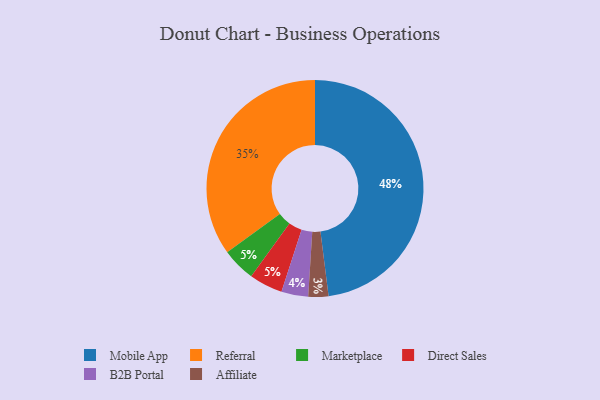
{"axis": {"x": "Category", "y": "Percentage"}, "legend": ["Affiliate", "B2B Portal", "Direct Sales", "Marketplace", "Mobile App", "Referral"], "data": [{"x": "B2B Portal", "y": 4, "type": "B2B Portal"}, {"x": "Affiliate", "y": 3, "type": "Affiliate"}, {"x": "Mobile App", "y": 48, "type": "Mobile App"}, {"x": "Marketplace", "y": 5, "type": "Marketplace"}, {"x": "Direct Sales", "y": 5, "type": "Direct Sales"}, {"x": "Referral", "y": 35, "type": "Referral"}]}